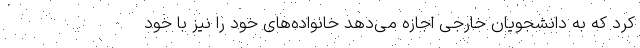
کرد که به دانشجویان خارجی اجازه می‌دهد خانواده‌های خود را نیز با خود